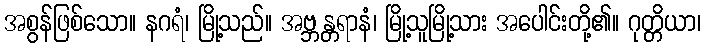
အစွန်ဖြစ်သော။ နဂရံ၊ မြို့သည်။ အဗ္ဘန္တရာနံ၊ မြို့သူမြို့သား အပေါင်းတို့၏။ ဂုတ္တိယာ၊